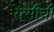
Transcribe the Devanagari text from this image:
रेंत्सीची